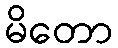
မိတော